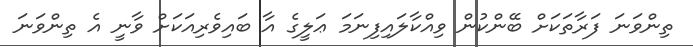
ތިންވަނަ ފަރާތަކަށް ބޭންކުން ވިއްކާލައިފިނަމަ ޢަލީގެ އާ ބައިވެރިއަކަށް ވާނީ އެ ތިންވަނަ